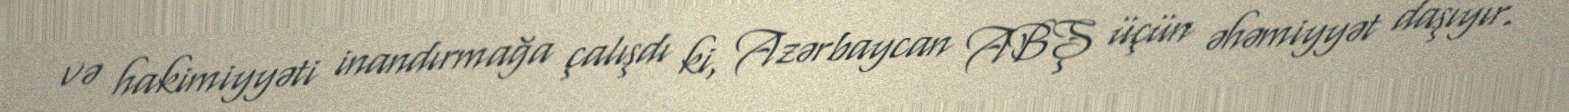
və hakimiyyəti inandırmağa çalışdı ki, Azərbaycan ABŞ üçün əhəmiyyət daşıyır.